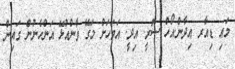
މައި ޑިއާރ އިދާން.އޯހް ސޮރީ. އިދީ. އަވަހަށް މަގޭ ވާންއުޅޭ އަންހެނުން ގައިން